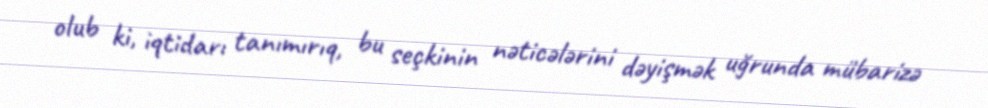
olub ki, iqtidarı tanımırıq, bu seçkinin nəticələrini dəyişmək uğrunda mübarizə